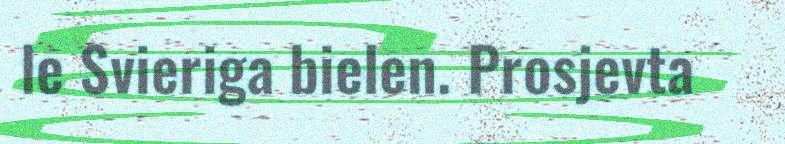
le Svieriga bielen. Prosjevta